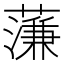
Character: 𮶶